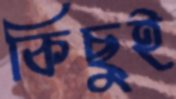
কিছুই